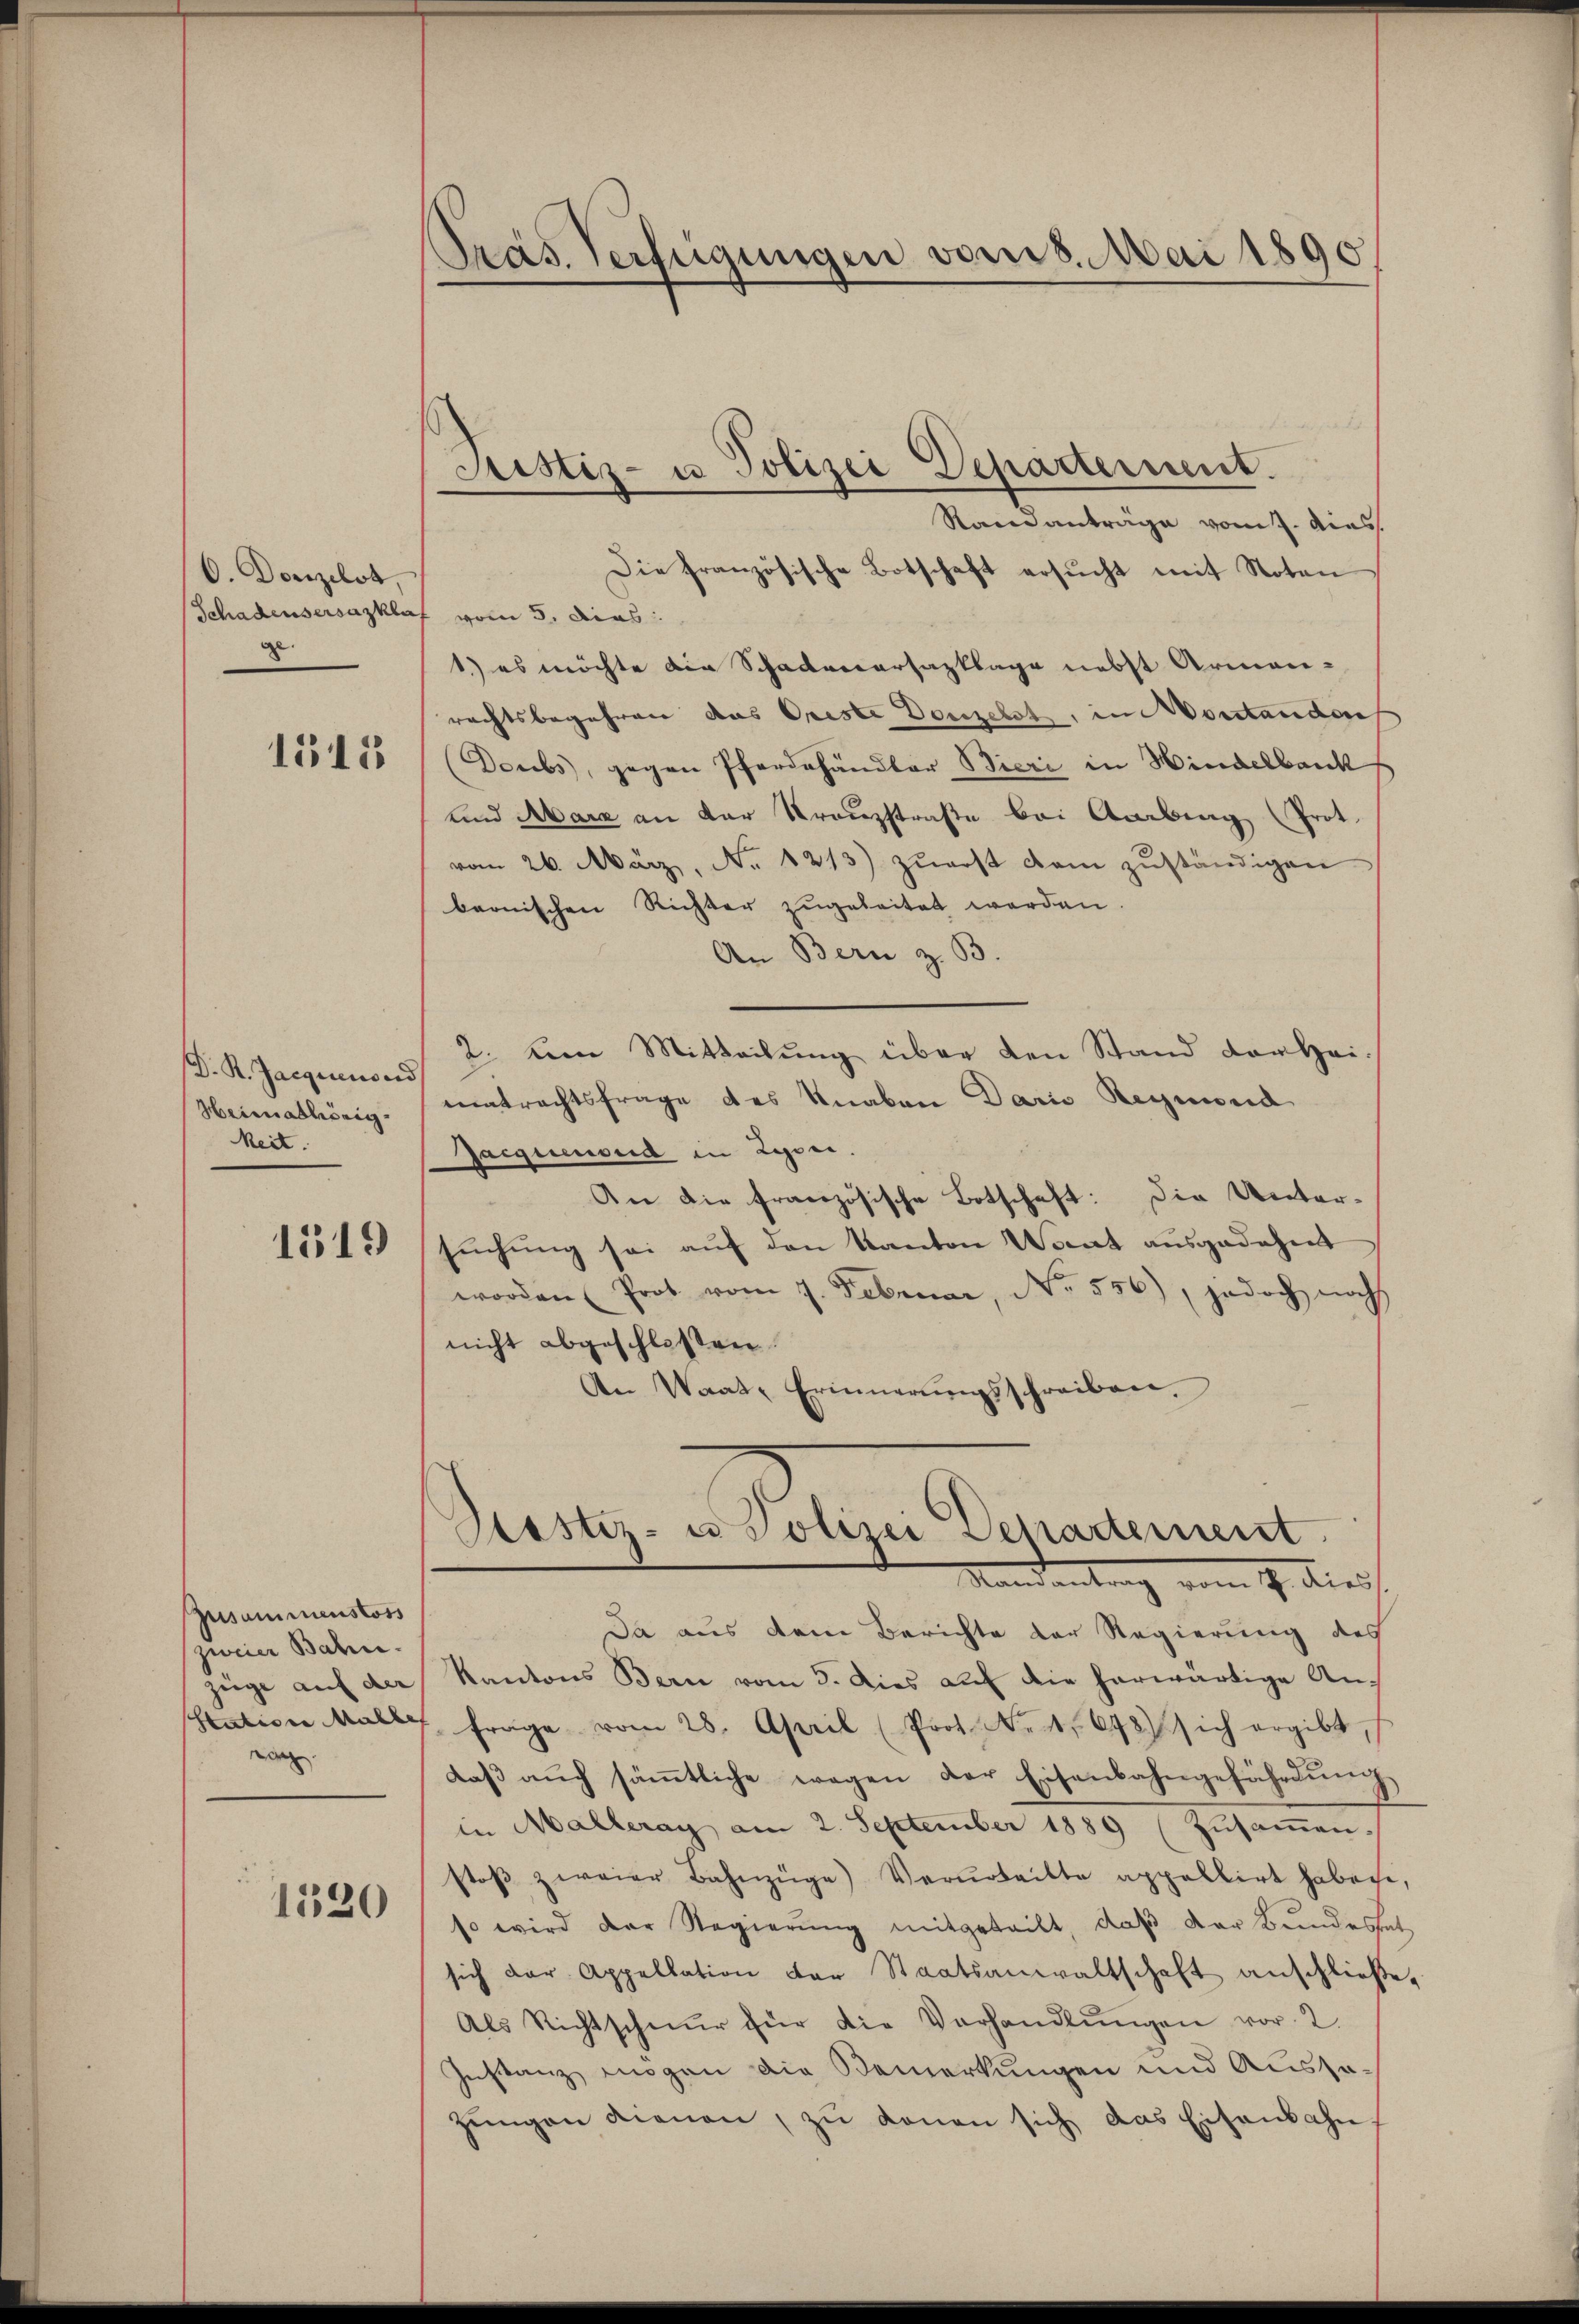
O. Donzilot
Schadensersazkla
8.

1545

D. R. Jacquienord
Heimathörig
keit.

1519

zusammenstoss
zweier Bahn.
zeige auf der
Statione alle
i

1520

Präs. Verfügungen vom 8. Mai 1890

Justiz- u Polizei Departement.

.
Randanträge vom 7. dies
Die französische Botschaft ersŭcht mit Noten
f vom 5. dies
1) es möchte die Schadenarsazklage nebst Armenrechtsbegehren das Oriste Denzelst, in Vorstander
Deubs, gegen Pferdehändler Bieri in Hindelbank
und Mark an der Kranzstraße bei Anbing (Prot.
vom 26. März, No. 1213) zŭerst kam zŭständigen
bernischen Richter zugeleitet werden
An Bern z. B.
2. Dem Mitteilung über den Stand darbei-
matrechtsfrage des Knaben Daris Regend
Jacquenoud in Zyoni.
An die französische Botschaft: Die Unter-
suchung sei auf den Kanton Wort ausgedehnt
worden (Prot vom 7. Februar, No. 556), jedoch noch
nicht abgeschlossen.
An Waat. Erinnerungsschreiben.
Pestiz- u Polizei Departement
Mandantrag vom 1. dies
Da aus dem Berichte der Regierung des
Kantons Bern vom 3. Dies aŭf die herwärtige An-
f. Frage vom 28. April (Prot. Neit. 648) sich ergibt,
daβ aŭch säṁtliche wegen der Eisenbahngefährdŭng
in Malleray am 2. September 1889 (Zŭsaṁen-
stoβ zweier Bahnzüge) Verurteilte appellirt habethe,
so wird der Regierŭng mitgeteilt, daß der Bundestat
sich der Appellation der Staatsanwaltschaft anschließe,
Als Richtschnur für die Verhandlŭngen vor. 2.
Instanz mögen die Bemerkungen und Aussazŭngen dienen, zŭ donan sich das Eisenbahn